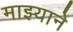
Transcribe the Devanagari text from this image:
माझ्याने